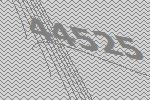
44525